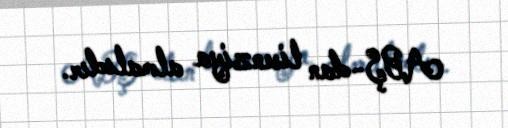
ABŞ-dan lisenziya almalıdır.